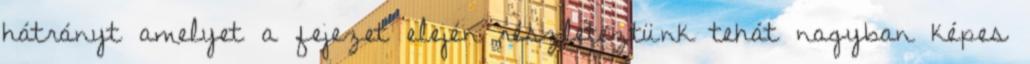
hátrányt amelyet a fejezet elején részleteztünk tehát nagyban képes